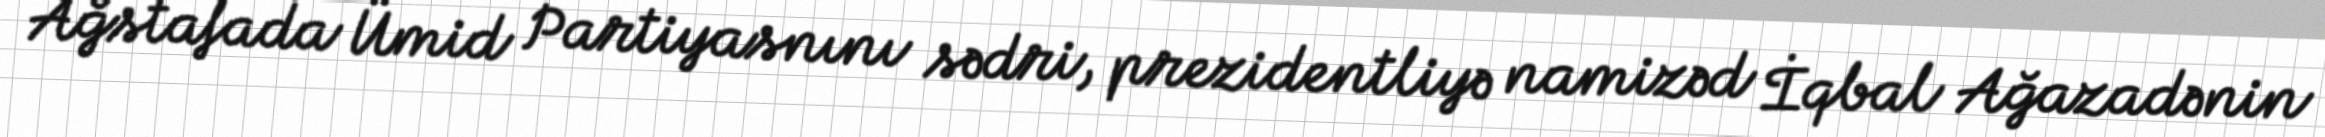
Ağstafada Ümid Partiyasnını sədri, prezidentliyə namizəd İqbal Ağazadənin